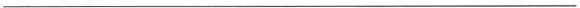
___